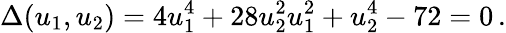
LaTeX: \Delta(u_{1},u_{2})=4u_{1}^{4}+28u_{2}^{2}u_{1}^{2}+u_{2}^{4}-72=0\, .